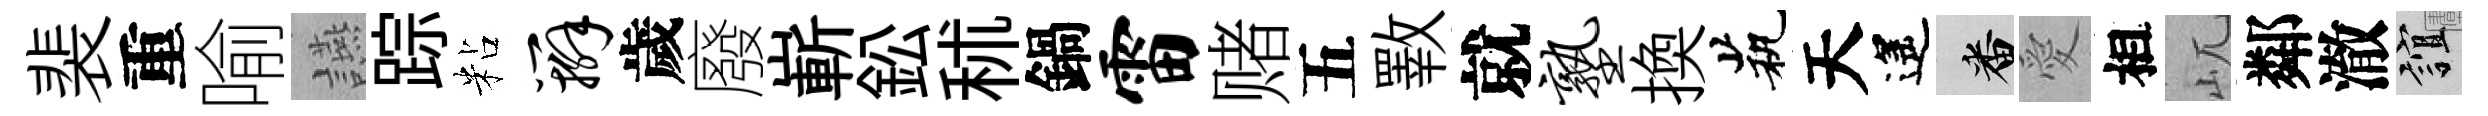
裴重喻讌踪粘辫歲廢嶄鈆秫鍋雷赌五斁就塾換茕天遙番愛相屼鄰澈誼